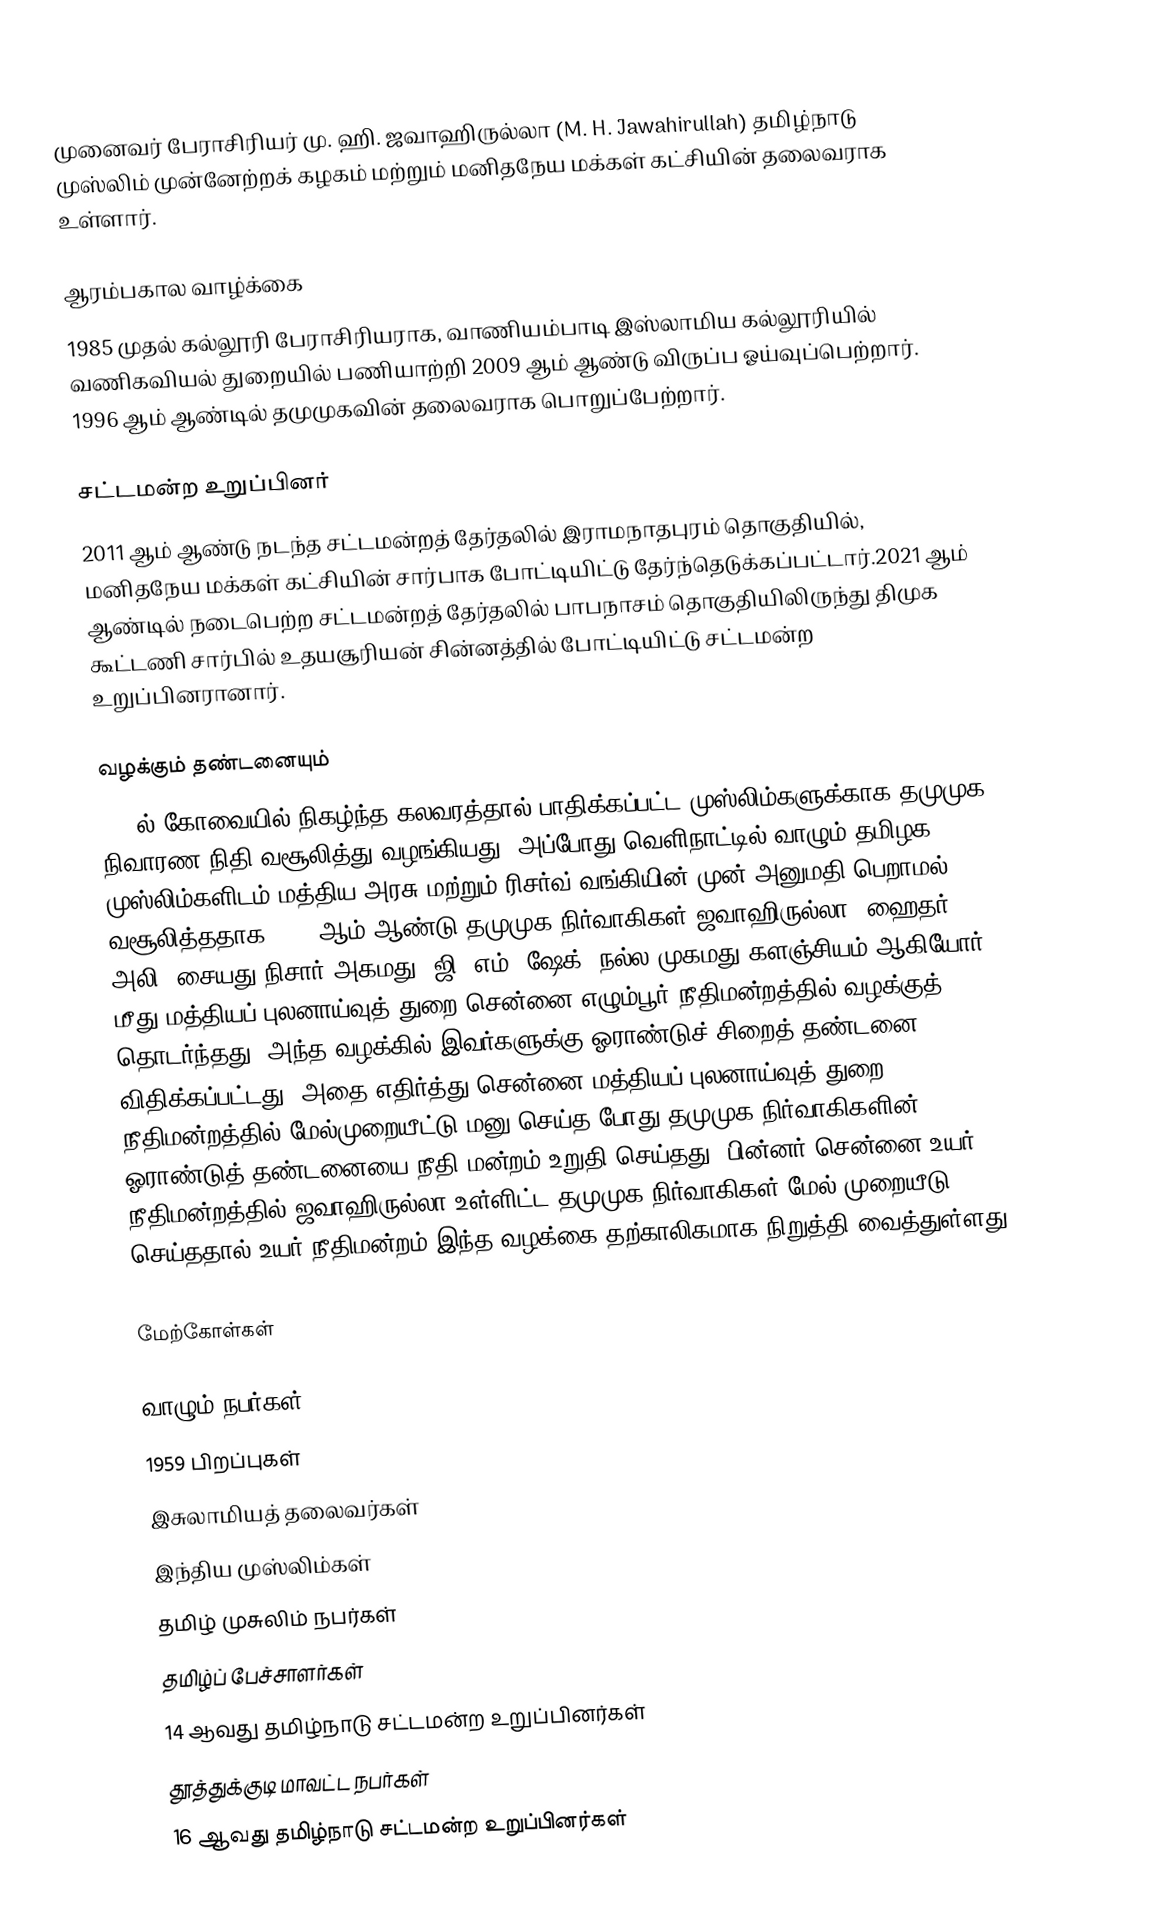
முனைவர் பேராசிரியர் மு. ஹி. ஜவாஹிருல்லா (M. H. Jawahirullah) தமிழ்நாடு முஸ்லிம் முன்னேற்றக் கழகம் மற்றும் மனிதநேய மக்கள் கட்சியின்  தலைவராக உள்ளார்.

ஆரம்பகால வாழ்க்கை
1985 முதல் கல்லூரி பேராசிரியராக,  வாணியம்பாடி இஸ்லாமிய கல்லூரியில் வணிகவியல் துறையில் பணியாற்றி  2009 ஆம் ஆண்டு விருப்ப ஓய்வுப்பெற்றார். 1996 ஆம் ஆண்டில் தமுமுகவின்  தலைவராக பொறுப்பேற்றார்.

சட்டமன்ற உறுப்பினர்
2011 ஆம் ஆண்டு நடந்த சட்டமன்றத்  தேர்தலில் இராமநாதபுரம் தொகுதியில், மனிதநேய மக்கள் கட்சியின் சார்பாக போட்டியிட்டு தேர்ந்தெடுக்கப்பட்டார்.2021 ஆம் ஆண்டில் நடைபெற்ற சட்டமன்றத் தேர்தலில் பாபநாசம் தொகுதியிலிருந்து திமுக கூட்டணி சார்பில் உதயசூரியன் சின்னத்தில் போட்டியிட்டு சட்டமன்ற உறுப்பினரானார்.

வழக்கும் தண்டனையும்
1997ல் கோவையில் நிகழ்ந்த கலவரத்தால் பாதிக்கப்பட்ட முஸ்லிம்களுக்காக தமுமுக நிவாரண நிதி வசூலித்து வழங்கியது. அப்போது வெளிநாட்டில் வாழும் தமிழக முஸ்லிம்களிடம் மத்திய அரசு மற்றும் ரிசர்வ் வங்கியின் முன் அனுமதி பெறாமல் வசூலித்ததாக 2011 ஆம் ஆண்டு  தமுமுக நிர்வாகிகள் ஜவாஹிருல்லா, ஹைதர் அலி, சையது நிசார் அகமது, ஜி. எம். ஷேக், நல்ல முகமது களஞ்சியம் ஆகியோர்  மீது மத்தியப் புலனாய்வுத் துறை சென்னை எழும்பூர் நீதிமன்றத்தில் வழக்குத் தொடர்ந்தது. அந்த வழக்கில் இவர்களுக்கு ஓராண்டுச் சிறைத் தண்டனை விதிக்கப்பட்டது. அதை எதிர்த்து சென்னை மத்தியப் புலனாய்வுத் துறை நீதிமன்றத்தில் மேல்முறையீட்டு மனு செய்த போது தமுமுக நிர்வாகிகளின் ஓராண்டுத் தண்டனையை நீதி மன்றம் உறுதி செய்தது. பின்னர் சென்னை உயர் நீதிமன்றத்தில் ஜவாஹிருல்லா உள்ளிட்ட தமுமுக நிர்வாகிகள் மேல் முறையீடு செய்ததால் உயர் நீதிமன்றம் இந்த வழக்கை தற்காலிகமாக நிறுத்தி வைத்துள்ளது.

மேற்கோள்கள்

வாழும் நபர்கள்
1959 பிறப்புகள்
இசுலாமியத் தலைவர்கள்
இந்திய முஸ்லிம்கள்
தமிழ் முசுலிம் நபர்கள்
தமிழ்ப் பேச்சாளர்கள்
14 ஆவது தமிழ்நாடு சட்டமன்ற உறுப்பினர்கள்
தூத்துக்குடி மாவட்ட நபர்கள்
16 ஆவது தமிழ்நாடு சட்டமன்ற உறுப்பினர்கள்